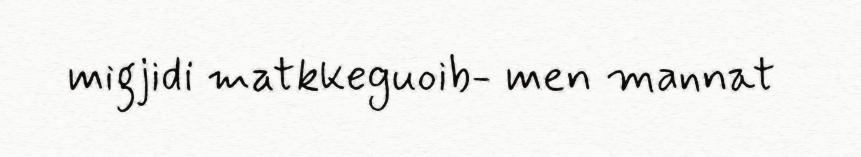
migjidi matkkeguoib- men mannat